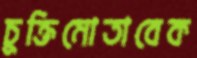
চুক্তিমোতাবেক